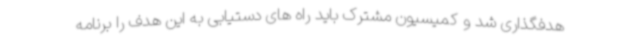
هدفگذاری شد و کمیسیون مشترک باید راه های دستیابی به این هدف را برنامه